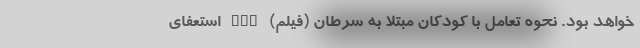
خواهد بود. نحوه تعامل با کودکان مبتلا به سرطان (فیلم) nan استعفای